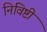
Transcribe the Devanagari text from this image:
निविष्टी